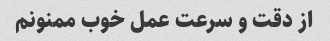
از دقت و سرعت عمل خوب ممنونم